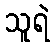
သူရဲ